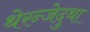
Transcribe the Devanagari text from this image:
थेरन्जेदुथा